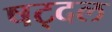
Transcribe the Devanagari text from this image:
षट्दल